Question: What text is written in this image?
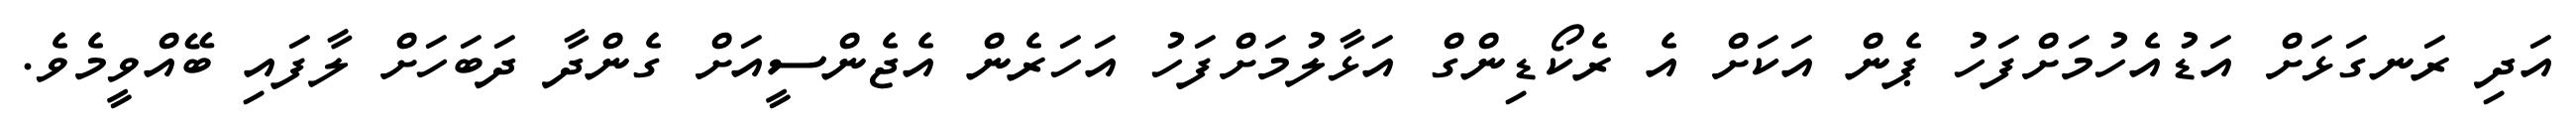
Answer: އަދި ރަނގަޅަށް އަޑުއެހުމަށްފަހު ޕެން އަކަށް އެ ރެކޯޑިންގް އަޅާލުމަށްފަހު އަހަރެން އެޖެންސީއަށް ގެންދާ ދަބަހަށް ލާފައި ބޭއްވީމެވެ.